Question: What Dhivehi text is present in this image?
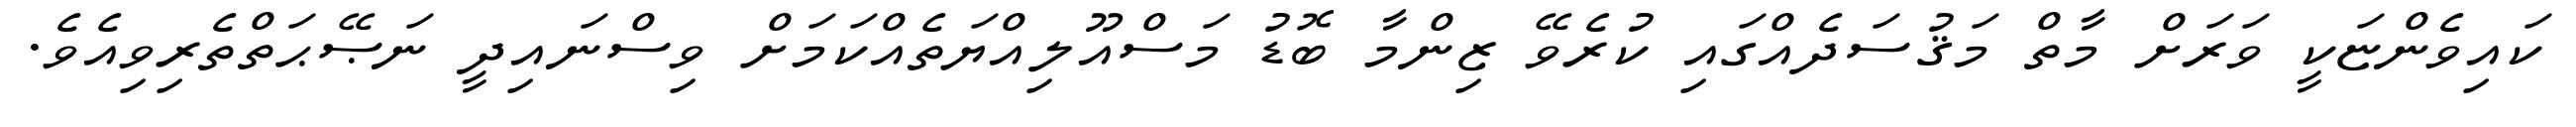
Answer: ކައިވެންޏަކީ ވަރަށް މާތް މަޤުސަދެއްގައި ކުރެވޭ ޒިންމާ ބޮޑު މަސްއޫލިއްޔަތެއްކަމަށް ވިސްނައިދީ ނަޞޭޙަތްތެރިވިއެވެ.